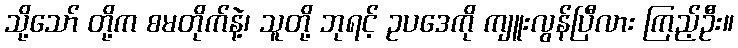
သို့သော် တို့က စမတိုက်နဲ့၊ သူတို့ ဘုရင့် ဥပဒေကို ကျူးလွန်ပြီလား ကြည့်ဦး။